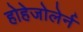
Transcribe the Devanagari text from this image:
होहेजोलेर्न